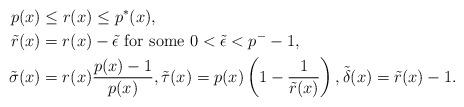
LaTeX: \begin{align*}p(x)&\leq r(x)\leq p^*(x), \\\tilde{r}(x) &= r(x)-\tilde{\epsilon} \textrm{ for some } 0 < \tilde{\epsilon} < p^--1, \\\tilde{\sigma}(x) &= r(x)\frac{p(x)-1}{p(x)}, \tilde{\tau}(x) = p(x)\left( 1 - \frac{1}{\tilde{r}(x)}\right), \tilde{\delta}(x) = \tilde{r}(x) - 1. \end{align*}